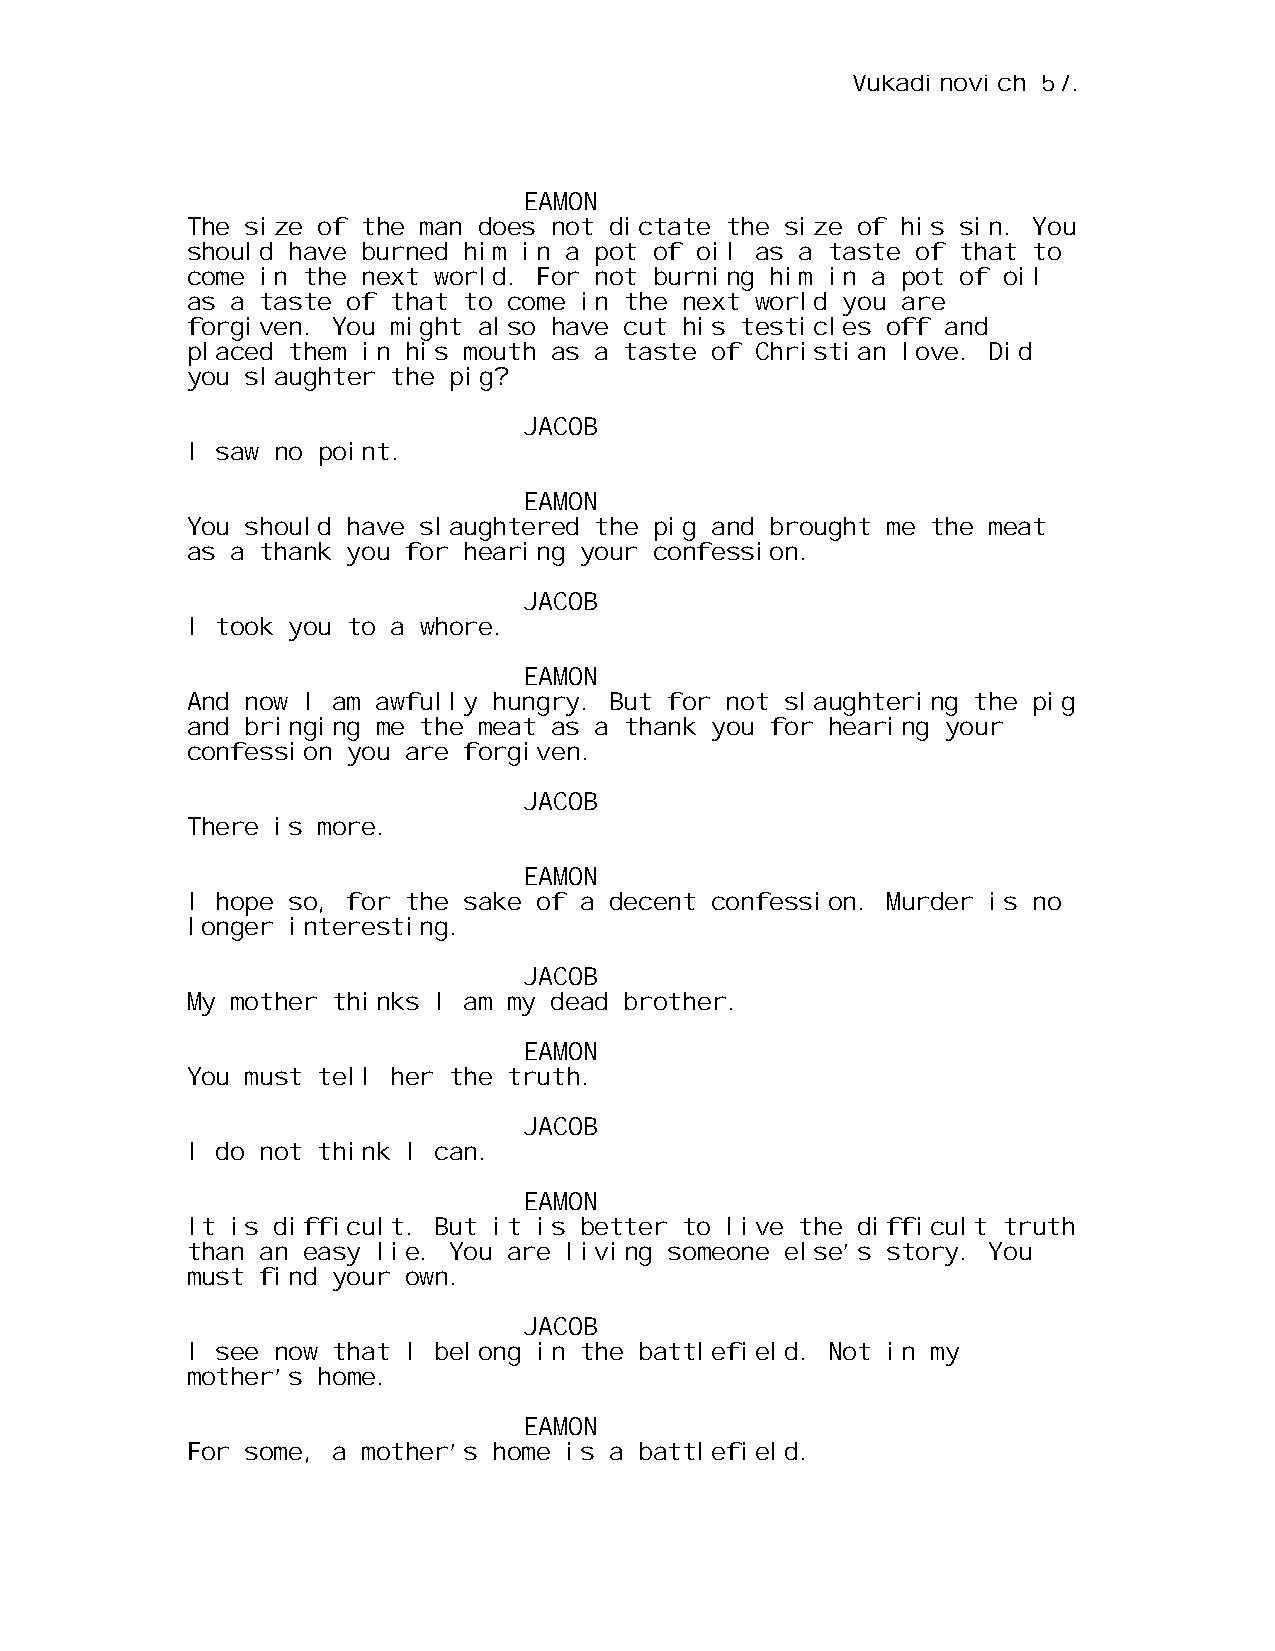
Vukadinovich 57.
 EAMON
 The size of the man does not dictate the size of his sin. You
 should have burned him in a pot of oil as a taste of that to
 come in the next world. For not burning him in a pot of oil
 as a taste of that to come in the next world you are
 forgiven. You might also have cut his testicles off and
 placed them in his mouth as a taste of Christian love. Did
 you slaughter the pig?
 JACOB
 I saw no point.
 EAMON
 You should have slaughtered the pig and brought me the meat
 as a thank you for hearing your confession.
 JACOB
 I took you to a whore.
 EAMON
 And now I am awfully hungry. But for not slaughtering the pig
 and bringing me the meat as a thank you for hearing your
 confession you are forgiven.
 JACOB
 There is more.
 EAMON
 I hope so, for the sake of a decent confession. Murder is no
 longer interesting.
 JACOB
 My mother thinks I am my dead brother.
 EAMON
 You must tell her the truth.
 JACOB
 I do not think I can.
 EAMON
 It is difficult. But it is better to live the difficult truth
 than an easy lie. You are living someone else’s story. You
 must find your own.
 JACOB
 I see now that I belong in the battlefield. Not in my
 mother’s home.
 EAMON
 For some, a mother’s home is a battlefield.